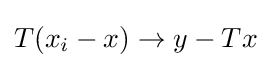
T(x_{i}-x)\to y-Tx